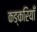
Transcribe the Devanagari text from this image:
कङ्करियाँ